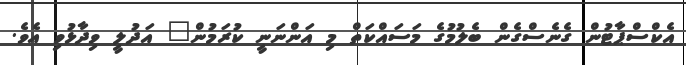
އެކްސްޕާޓުން ގެނެސްގެން ބެލުމުގެ މަސައްކަތް މި އަންނަނީ ކުރަމުން" އަދުލީ ވިދާޅުވި އެވެ.